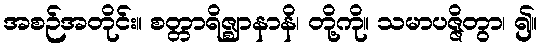
အစဉ်အတိုင်း။ စတ္တာရိဇ္ဈာနာနိ၊ တို့ကို။ သမာပဇ္ဇိတွာ၊ ၍။